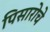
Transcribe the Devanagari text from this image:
पिसारोचे